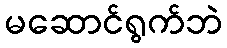
မဆောင်ရွက်ဘဲ